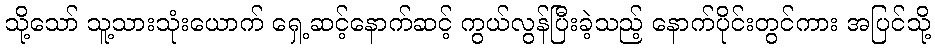
သို့သော် သူ့သားသုံးယောက် ရှေ့ဆင့်နောက်ဆင့် ကွယ်လွန်ပြီးခဲ့သည့် နောက်ပိုင်းတွင်ကား အပြင်သို့